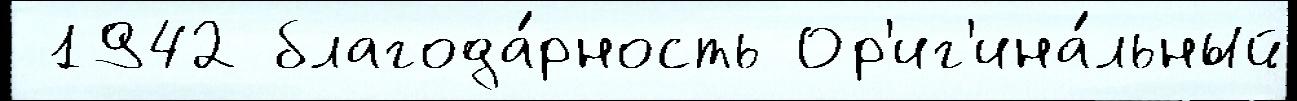
 1942 благода́рность Ор'иг'ина́льный